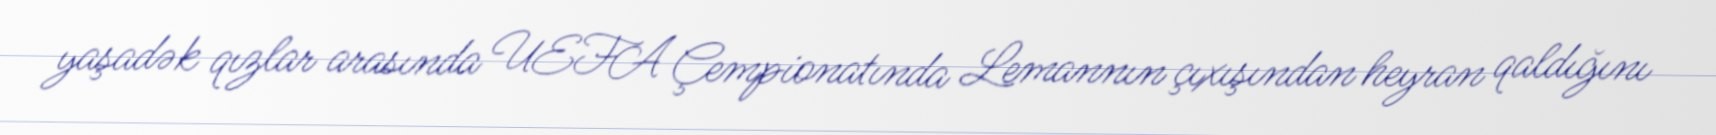
yaşadək qızlar arasında UEFA Çempionatında Lemannın çıxışından heyran qaldığını